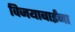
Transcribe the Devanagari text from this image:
विजयाबाईंना